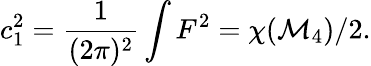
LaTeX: c_{1}^{2}={\frac{1}{(2\pi)^{2}}}\int F^{2}=\chi({\cal M}_{4})/2.